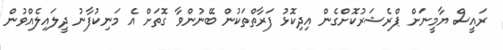
ރައީސް ޔާމީނަށް ޕްރެޝަރުކޮށްގެން އިދިކޮޅު ފަރާތްތަކުން ބޭނުންވާ ގޮތަށް އެ މަނިކުފާނު ދީލައިލެއްވުން